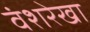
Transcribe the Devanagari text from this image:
वंशरेखा